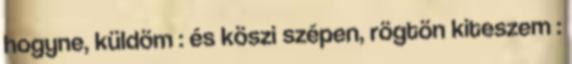
hogyne, küldöm : és köszi szépen, rögtön kiteszem :